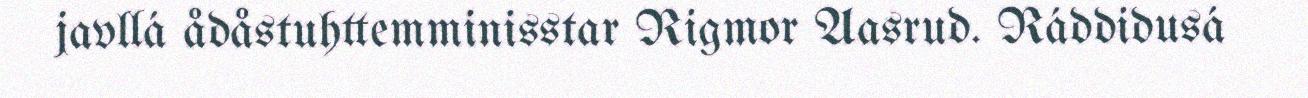
javllá ådåstuhttemminisstar Rigmor Aasrud. Ráddidusá